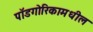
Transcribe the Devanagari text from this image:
पॉडगोरिकामधील